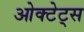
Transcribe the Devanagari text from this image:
ओक्टेट्स